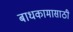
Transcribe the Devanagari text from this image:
बाधकामासाठी